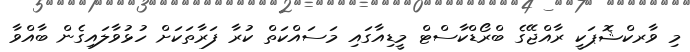
މި ވާރކްޝޮޕަކީ ރާއްޖޭގެ ބްރޯޑްކާސްޓް މީޑިއާގައި މަސައްކަތް ކުރާ ފަރާތަކަށް ހުޅުވާލައިގެން ބާއްވާ